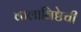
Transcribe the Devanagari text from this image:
कलानिष्ठेची